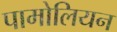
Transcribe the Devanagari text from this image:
पामोलियन